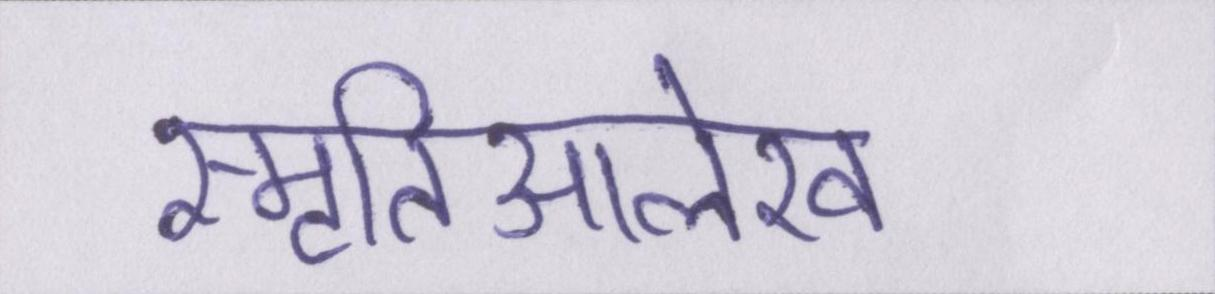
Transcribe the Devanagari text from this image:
स्मृतिआलेख